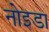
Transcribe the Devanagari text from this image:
नोइडा